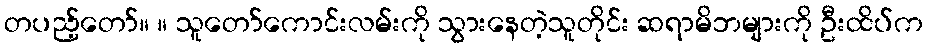
တပည့်တော်။ ။ သူတော်ကောင်းလမ်းကို သွားနေတဲ့သူတိုင်း ဆရာမိဘများကို ဦးထိပ်က